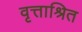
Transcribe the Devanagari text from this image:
वृत्ताश्रित